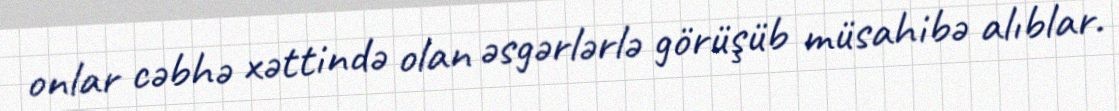
onlar cəbhə xəttində olan əsgərlərlə görüşüb müsahibə alıblar.